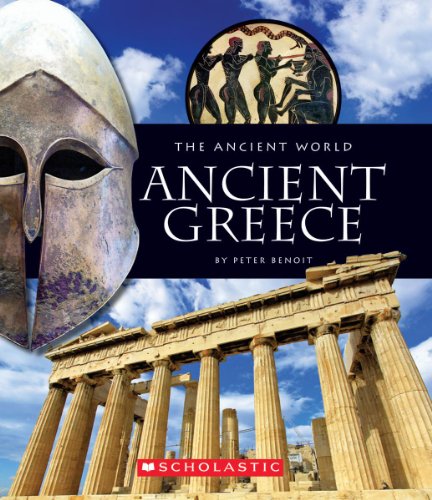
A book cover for Ancient Greece (Ancient World); Peter Benoit; Teen & Young Adult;